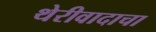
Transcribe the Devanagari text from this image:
थेरीवादाचा